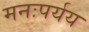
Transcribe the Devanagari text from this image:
मनःपर्यय